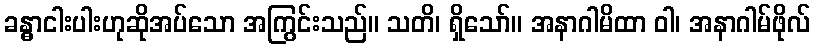
ခန္ဓာငါးပါးဟုဆိုအပ်သော အကြွင်းသည်။ သတိ၊ ရှိသော်။ အနာဂါမိထာ ဝါ၊ အနာဂါမ်ဖိုလ်